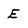
Character: E